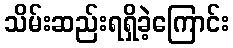
သိမ်းဆည်းရရှိခဲ့ကြောင်း